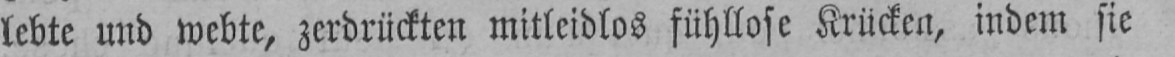
lebte und webte, zerdrückten mitleidlos fühllose Krücken, indem sie